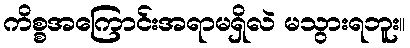
ကိစ္စအကြောင်းအရာမရှိလဲ မသွားရဘူး။